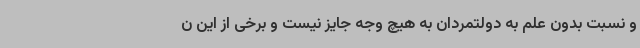
و نسبت بدون علم به دولتمردان به هیچ وجه جایز نیست و برخی از این ن